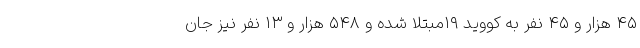
۴۵ هزار و ۴۵ نفر به کووید ۱۹مبتلا شده و ۵۴۸ هزار و ۱۳ نفر نیز جان